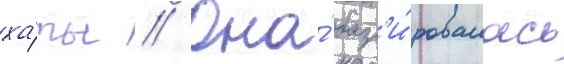
ха́ты // Она́ баз'и́ровалась